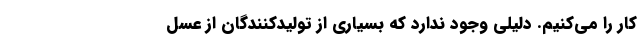
کار را می‌کنیم. دلیلی وجود ندارد که بسیاری از تولیدکنندگان از عسل